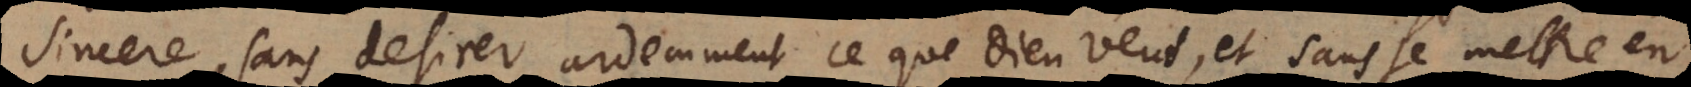
sincere, sans desirer ardemment ce que Dieu veut, et sans se mettre en